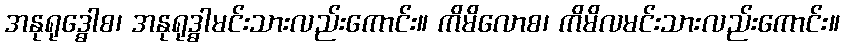
အနုရုဒ္ဓေါစ၊ အနုရုဒ္ဓါမင်းသားလည်းကောင်း။ ကိမိလောစ၊ ကိမိလမင်းသားလည်းကောင်း။